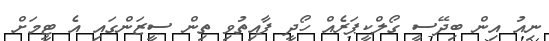
ނިއު އިން ބިދޭސީ ގޯލްކީޕަރެއް ހޯދީ ފާއިތުވި ތިން ސީޒަންގައި އެ ޓީމަށް